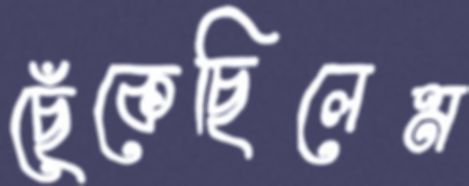
ছেঁকেছিলেম